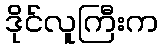
ဒိုင်လူကြီးက